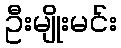
ဦးမျိုးမင်း